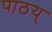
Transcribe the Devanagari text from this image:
पाठय्